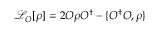
\mathcal { L } _ { O } [ \rho ] = 2 O \rho O ^ { \dagger } - \{ O ^ { \dagger } O , \rho \}